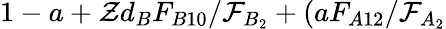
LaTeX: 1-a+\mathcal{Z}d_{B}F_{B10}/\mathcal{F}_{B_{2}}+(aF_{A12}/\mathcal{F}_{A_{2}}